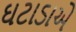
ઘટાડાએ